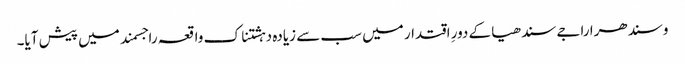
وسندھرا راجے سندھیا کے دورِ اقتدار میں سب سے زیادہ دہشتناک واقعہ راجسمند میں پیش آیا۔